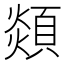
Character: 顃